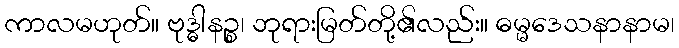
ကာလမဟုတ်။ ဗုဒ္ဓါနဉ္စ၊ ဘုရားမြတ်တို့၏လည်း။ ဓမ္မဒေသနာနာမ၊